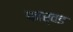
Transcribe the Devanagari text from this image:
फार्वड